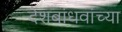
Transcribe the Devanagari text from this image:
देशबांधवांच्या